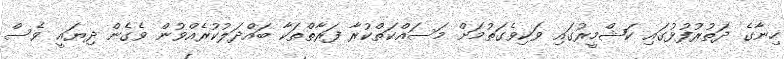
ހިނާގެ ދަތުރުފުޅުގައި ކަޝްމީރުގައި ވަކިވެގަތުމަށް މަސައްކަތްކުރާ ފަރާތްތަކާ ބައްދަލުކުރެއްވުން ވެގެން ދިޔައީ ވެސް